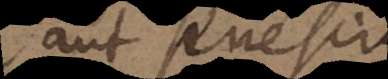
aut senesci